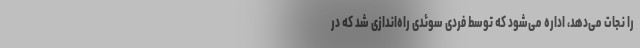
را نجات می‌دهد، اداره می‌شود که توسط فردی سوئدی راه‌اندازی شد که در